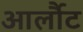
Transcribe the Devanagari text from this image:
आर्लौट